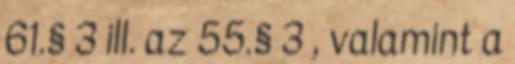
61.§ 3 ill. az 55.§ 3 , valamint a